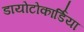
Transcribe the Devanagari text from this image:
डायोटोकार्डिया